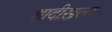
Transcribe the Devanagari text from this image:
शादीख़त्म